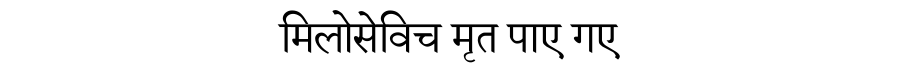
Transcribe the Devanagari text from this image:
मिलोसेविच मृत पाए गए